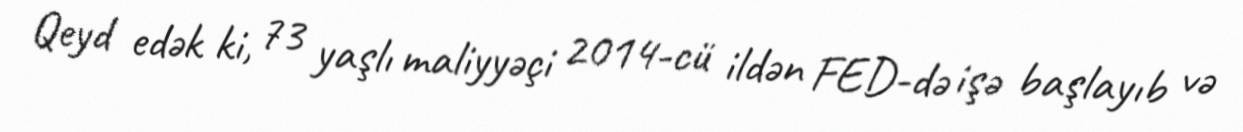
Qeyd edək ki, 73 yaşlı maliyyəçi 2014-cü ildən FED-də işə başlayıb və